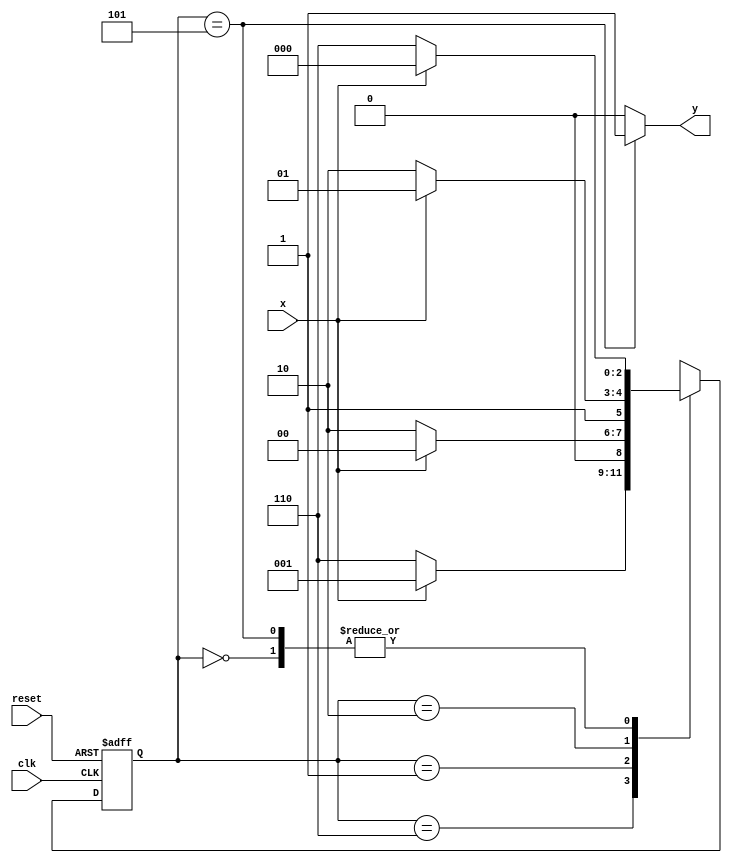
`define found    1
`define notfound 0

module Exercicio02(y, x, clk, reset);
	output y;
	input x;
	input clk;
	input reset;
	reg y;
	parameter start = 3'b000, id0 = 3'b110, id01 = 3'b001, id011 = 3'b010, id0110 = 3'b101;

	reg [2:0] E1;	// estado atual
	reg [2:0] E2;	// estado posterior
	
	always @(x or E1) begin
		y = `notfound;

		case(E1)
			start: begin
				if(x)
					E2 = start;
				else
					E2 = id0;
			end
			id0: begin
				if(x)
					E2 = id01;
				else
					E2 = id0;
			end
			id01: begin
				if(x)
					E2 = start;
				else
					E2 = id011;
			end
			id011: begin
				if(x)
					E2 = id0110;
				else
					E2 = id0;
			end
			id0110: begin
				if(x)	begin
			 		E2 = start;
					y = `found;
				end
				else begin
					E2 = id0;
					y = `found;
				end
			end
			default: begin
				E2 = 3'bxxx;
			end
		endcase
	end

	always @(posedge clk or negedge reset) begin
		if (reset)
			E1 = E2;
		else
			E1 = 0;
	end

endmodule

module testeExercicio02;
	reg clk, reset, x;
	wire m;

	initial begin
		clk = 0;
		reset = 0;
		x = 0;
	end

 	Exercicio02 MOORE(m, x, clk, reset);

	always
		#5 clk = ~clk;

	always @(posedge clk)
		$display("%4d  %b    %b", $time, x, m);

	initial begin
		$display("Exercicio 02 - Douglas Borges - 417889\n");
		$display("Time  x  Seq 0110");

		#10 reset = 1;
		#10 x = 1;
		#10 x = 0;
		#10 x = 0;
		#10 x = 1;
		#10 x = 0;
		#10 x = 1;
		#10 x = 1;
		#10 x = 1;
		#10 x = 1;
		#10 x = 0;
		#10 x = 1;
		#10 x = 1;
		#10 x = 1;
		#10 x = 0;
		#10 x = 1;
		#10 x = 0;
		#10 x = 0;
		#10 x = 0;
		#5 $finish;
	end

endmodule